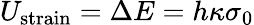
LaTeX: U_{\mathrm{strain}}=\Delta E=h\kappa\sigma_{0}